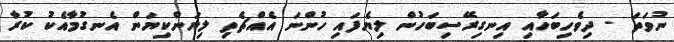
ނުވަތަ - ދިވެހިބަހާއި އިނގިރޭސިބަހުން ލިޔެފައި ހުންނަ އެއްޗެތި ލިޔަންކިޔަން އެނގުމާއެކު ކުރާ